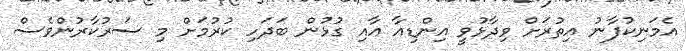
އެމަނިކުފާނު އިތުރަށް ވިދާޅުވީ އިންޑިއާ އާއި ގުޅުން ބަދަހި ކުރުމަށް މި ސަރުކާރުންވެސް